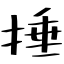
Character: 捶